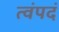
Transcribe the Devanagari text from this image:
त्वंपदं